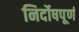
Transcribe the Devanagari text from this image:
निर्दोषपूर्ण